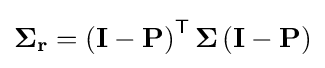
\mathbf {\Sigma } _{\mathbf {r} }=\left(\mathbf {I} -\mathbf {P} \right)^{\textsf {T}}\mathbf {\Sigma } \left(\mathbf {I} -\mathbf {P} \right)